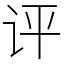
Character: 评